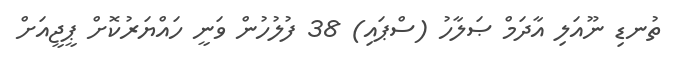
ތުނޑި ނޫއަލި އާދަމް ޞަލާހު (ސްޕައި) 38 ފުލުހުން ވަނީ ހައްޔަރުކޮށް ޕީޖީއަށް